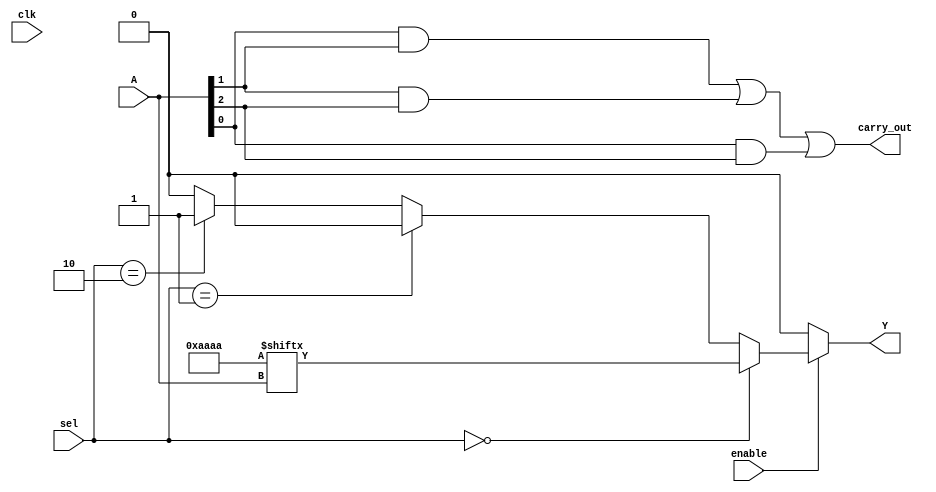
module CLB (
    input wire [3:0] A,          // 4-bit input for LUT
    input wire [1:0] sel,        // Select signal for multiplexer
    input wire enable,           // Enable signal
    input wire clk,              // Clock signal (for simulation purposes)
    output wire Y,               // Output of the CLB
    output wire carry_out        // Carry output for arithmetic operations
);

// Configuration memory for LUT (example: 16 configurations for 4 inputs)
reg [15:0] lut_config = 16'b1010101010101010; // Example configuration
wire lut_out;

// LUT implementation
assign lut_out = lut_config[{A[3], A[2], A[1], A[0]}];

// Multiplexer to select between LUT output and another signal (for example)
wire mux_out;
assign mux_out = (sel == 2'b00) ? lut_out :
                 (sel == 2'b01) ? 1'b0 : // Another input or logic
                 (sel == 2'b10) ? 1'b1 : // Another input or logic
                 1'b0; // Default case

// Enable logic
assign Y = enable ? mux_out : 1'b0;

// Carry logic (simple example for addition)
wire [3:0] carry_in; // Carry input for arithmetic operations
assign carry_out = (A[0] & A[1]) | (A[1] & A[2]) | (A[0] & A[2]); // Example carry logic

endmodule